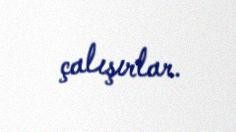
çalışırlar.